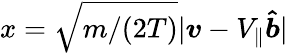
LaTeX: x=\sqrt{m/(2T)}|\boldsymbol{v}-V_{\parallel}\boldsymbol{\hat{b}}|